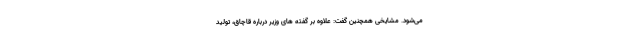
می‌شود. مشایخی همچنین گفت: علاوه بر گفته های وزیر درباره قاچاق، تولید